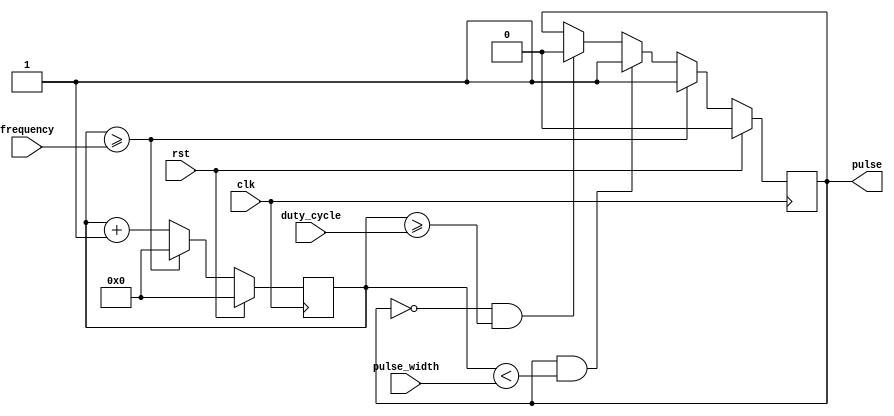
module ProgrammablePulseGenerator (
    input clk,
    input rst,
    input [7:0] pulse_width,
    input [7:0] duty_cycle,
    input [15:0] frequency,
    output reg pulse
);

reg [15:0] counter;

always @(posedge clk) begin
    if (rst) begin
        counter <= 0;
        pulse <= 0;
    end else begin
        if (counter >= frequency) begin
            counter <= 0;
            pulse <= 1;
        end else begin
            if (pulse && (counter < pulse_width)) begin
                pulse <= 1;
            end else if (!pulse && (counter >= duty_cycle)) begin
                pulse <= 0;
            end
            counter <= counter + 1;
        end
    end
end

endmodule